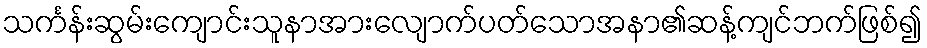
သင်္ကန်းဆွမ်းကျောင်းသူနာအားလျောက်ပတ်သောအနာ၏ဆန့်ကျင်ဘက်ဖြစ်၍